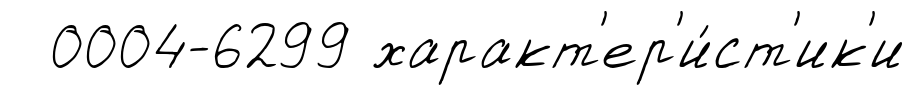
0004-6299 характ'ер'и́ст'ик'и